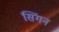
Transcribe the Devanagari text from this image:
सिंगन